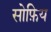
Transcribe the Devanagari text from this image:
सोफ़िय